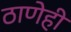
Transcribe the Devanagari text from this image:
ठाणेही